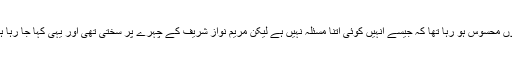
کہا یہ جا رہا ہے کہ ان کے ذکر پر میاں نواز شریف کا ردعمل مثبت تھا اور یوں محسوس ہو رہا تھا کہ جیسے انہیں کوئی اتنا مسئلہ نہیں ہے لیکن مریم نواز شریف کے چہرے پر سختی تھی اور یہی کہا جا رہا ہے کہ چوہدری نثار کی واپسی میں اصل رکاوٹ مریم نواز شریف کا غصہ ہے۔